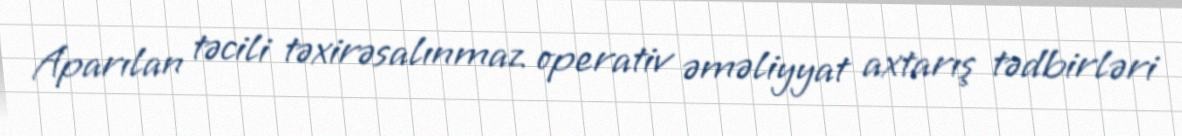
Aparılan təcili təxirəsalınmaz operativ əməliyyat axtarış tədbirləri